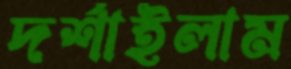
দর্শাইলাম